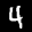
Label: 4